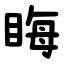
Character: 䀲